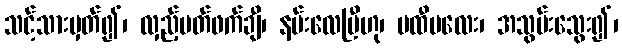
သင့်သားမှတ်၍၊ လှည့်ပတ်ဖက်ချီ၊ နမ်းလေပြီဟု၊ မထီမလေး၊ အသွမ်းသွေး၍၊